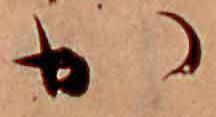
か